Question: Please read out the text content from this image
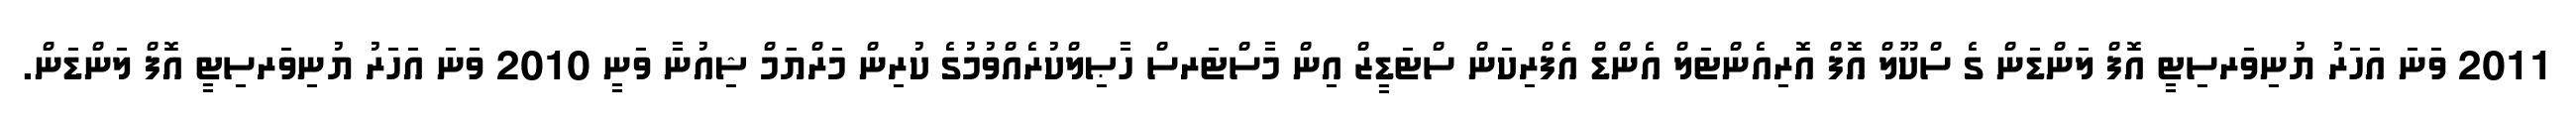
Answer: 2011 ވަނަ އަހަރު ޔުނިވަރސިޓީ އޮފް ލަންޑަން ގެ ސްކޫލް އޮފް އޮރިއެންޓަލް އެންޑް އެފްރިކަން ސްޓަޑީޒް އިން މާސްޓަރސް ހާޞިލްކުރެއްވުމުގެ ކުރިން މަރްޔަމް ޝިއުނާ ވަނީ 2010 ވަނަ އަހަރު ޔުނިވަރސިޓީ އޮފް ލަންޑަން.